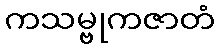
ကသမ္ဗုကဇာတံ